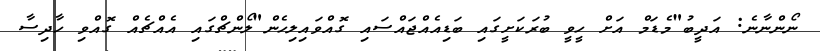
ނޯންނާނެ: އަދީބު"މެޑަމް އަށް ހީވީ ބުރަކަށީގައި ބަޑިއެއްޖައްސައި ގޮއްވައިލިހެން"ލޯންޗްގަައި އެއްޗެއް ގޮއްވި ހާދިސާ